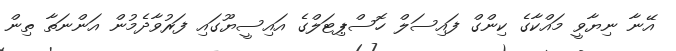
އޭނާ ނިޔާވީ މައްކާގެ ކިންގް ފައިސަލް ހޮސްޕިޓަލްގެ އައިސީޔޫގައި ފަރުވާދެމުން އަންނަތާ ތިން